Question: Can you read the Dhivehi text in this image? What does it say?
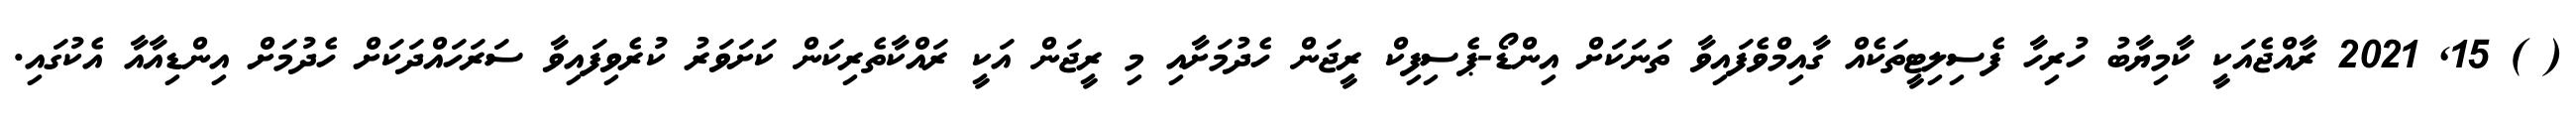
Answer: ( ) 15, 2021 ރާއްޖެއަކީ ކާމިޔާބު ހުރިހާ ފެސިލިޓީތަކެއް ގާއިމްވެފައިވާ ތަނަކަށް އިންޑޯ-ޕެސިފިކް ރީޖަން ހެދުމަށާއި މި ރީޖަން އަކީ ރައްކާތެރިކަން ކަށަވަރު ކުރެވިފައިވާ ސަރަހައްދަކަށް ހެދުމަށް އިންޑިއާއާ އެކުގައި.